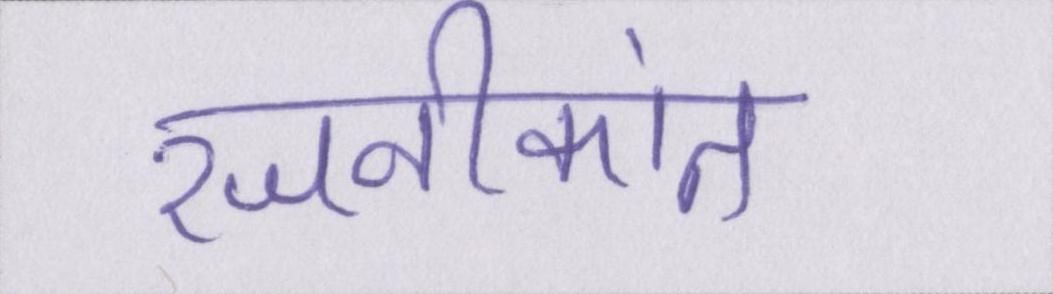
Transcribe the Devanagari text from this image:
रजनीकांत